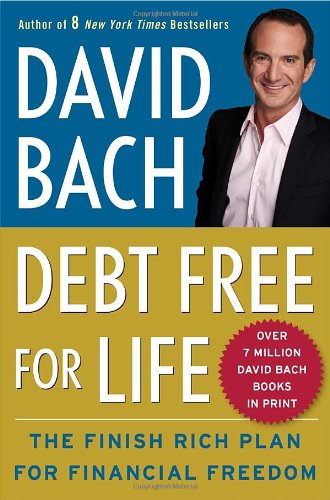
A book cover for Debt Free For Life: The Finish Rich Plan for Financial Freedom; David Bach; Business & Money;